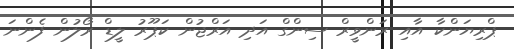
ޕްރިޔަންކާ އާއި ރަންވީރް ސިންގް އަދި އަރްޖުން ކަޕޫރު ލީޑް ރޯލުން ފެންނަ